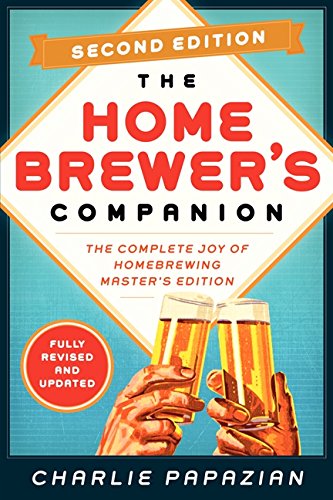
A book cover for Homebrewer's Companion Second Edition: The Complete Joy of Homebrewing, Master's Edition; Charlie Papazian; Cookbooks, Food & Wine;